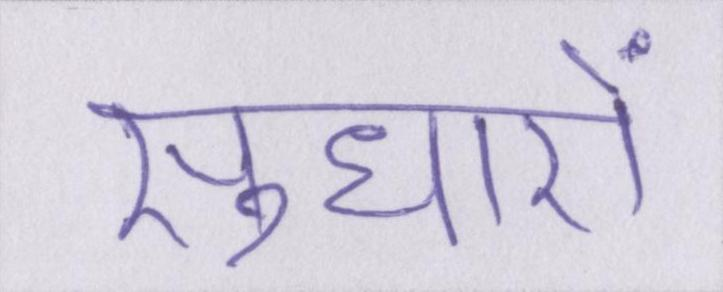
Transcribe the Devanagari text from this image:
सुधारों